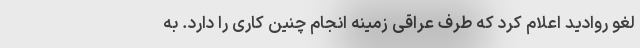
لغو روادید اعلام کرد که طرف عراقی زمینه انجام چنین کاری را دارد. به